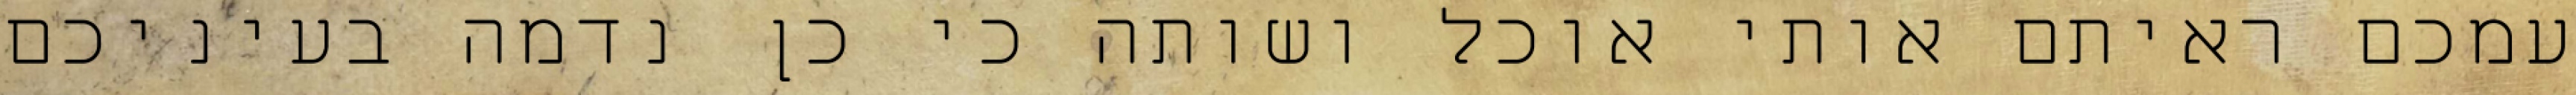
עמכם ראיתם אותי אוכל ושותה כי כן נדמה בעיניכם